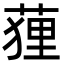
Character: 䔆